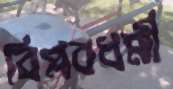
বিপ্লবধর্মী